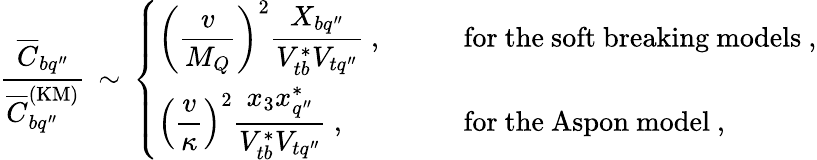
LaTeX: \frac{\overline{{{C}}}_{bq^{\prime\prime}}}{\overline{{{C}}}_{bq^{\prime\prime}}^{\mathrm{(KM)}}}\, \sim\, \left\{ \begin{array}{ll}{{\displaystyle\left(\frac{v}{M_{Q}}\right)^{2}\frac{X_{bq^{\prime\prime}}}{V_{tb}^{\ast}V_{tq^{\prime\prime}}}\ ,\qquad}}&{{\mathrm{for~the~soft~breaking~models}\ ,}}\\ {{\displaystyle\left(\frac{v}{\kappa}\right)^{2}\frac{x_{3}x_{q^{\prime\prime}}^{\ast}}{V_{tb}^{\ast}V_{tq^{\prime\prime}}}\ ,\qquad}}&{{\mathrm{for~the~Aspon~model}\ ,}}\end{array}\right.